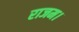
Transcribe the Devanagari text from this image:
राजम।